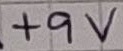
Text: +9V